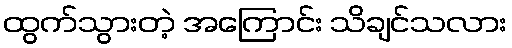
ထွက်သွားတဲ့ အကြောင်း သိချင်သလား